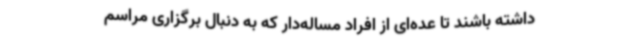
داشته باشند تا عده‌ای از افراد مساله‌دار که به دنبال برگزاری مراسم